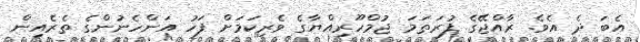
އެބަ ދެ އެވެ. ރާއްޖޭގެ ފުރަތަމަ ޖުމްހޫރިއްޔާގެ ވެރިކަމަށް ފަހު އަންހެނުންގެ ތެރެއިން